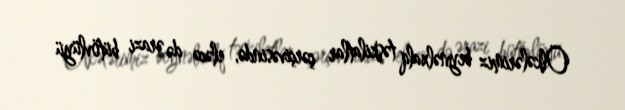
Ölkələrimiz beynəlxalq təşkilatlar çərçivəsində, eləcə də ərazi bütövlüyü